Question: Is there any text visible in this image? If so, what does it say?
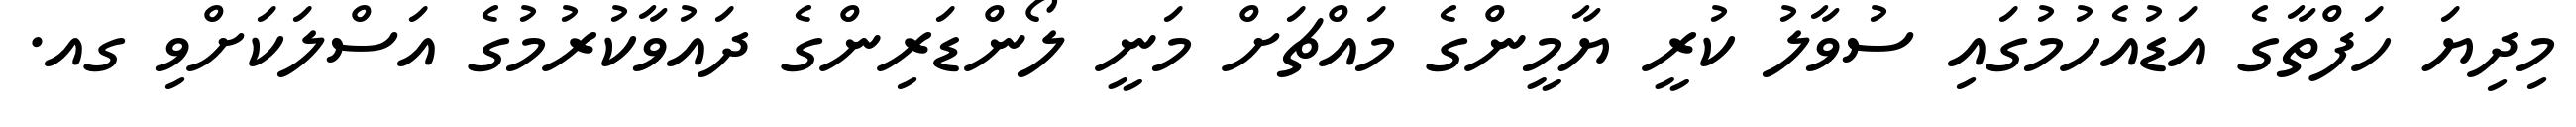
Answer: މިދިޔަ ހަފްތާގެ އަޑުއެހުމުގައި ސުވާލު ކުރީ ޔާމީންގެ މައްޗަށް މަނީ ލޯންޑަރިންގެ ދައުވާކުރުމުގެ އަސްލަކަށްވި ގއ.